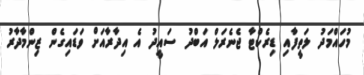
މުހައްމަދު ލަތީފާއި ޑިރެކްޓާ ޖެނެރަލް އަބްދު ސައީދު އެ އިދާރާއަށް ވަޑައިގެން ޒިންމާދާރު